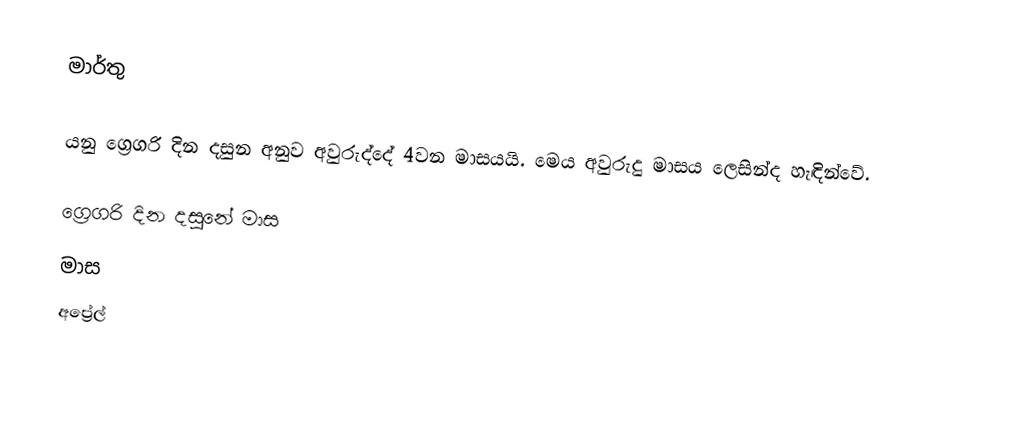
මාර්තු

යනු ග්‍රෙගරි දින දසුන අනුව අවුරුද්දේ 4වන මාසයයි. මෙය අවුරුදු මාසය ලෙසින්ද හැඳින්වේ.

ග්‍රෙගරි දින දසුනේ මාස
මාස
අප්‍රේල්